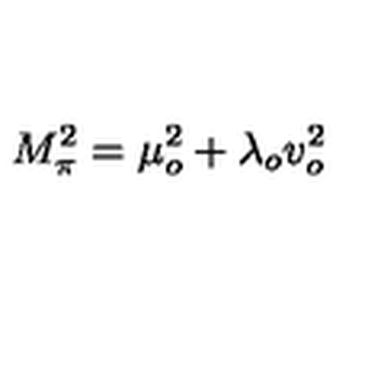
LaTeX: M _ { \pi } ^ { 2 } = \mu _ { o } ^ { 2 } + \lambda _ { o } v _ { o } ^ { 2 }